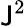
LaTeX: \mathsf{J}^{2}